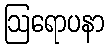
ဩရောပနာ